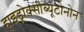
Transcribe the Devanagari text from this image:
हाइड्रोक्सीब्यूटोनोन